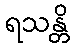
ရသန္တိ